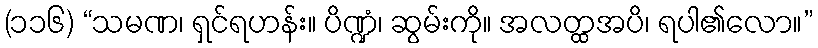
(၁၁၆) “သမဏ၊ ရှင်ရဟန်း။ ပိဏ္ဍံ၊ ဆွမ်းကို။ အလတ္ထအပိ၊ ရပါ၏လော။”